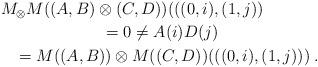
LaTeX: \begin{align*}\begin{multlined}M_\otimes M((A,B)\otimes (C,D))(((0,i), (1,j))\\= 0 \neq A(i) D(j)\\= M((A,B))\otimes M((C,D))(((0,i),(1,j)))\;.\end{multlined}\end{align*}